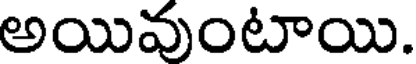
అయివుంటాయి.